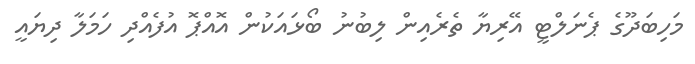
މަހިބަދޫގެ ޕެނަލްޓީ އޭރިޔާ ތެރެއިން ލިބުނު ބޯޅައަކުން އޮއްޕޮ އުފެއްދި ހަމަލާ ދިޔައީ